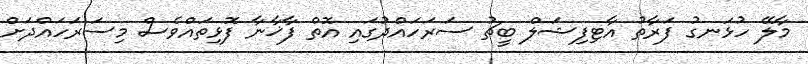
މާލޭ ހުޅަނގު ފަރާތު އާޓިފިޝަލް ބީޗު ސަރަހައްދުގައި އޮތް ފާޚާނާ ފޮޅިތައްވެސް މިސަރަހައްދަށް